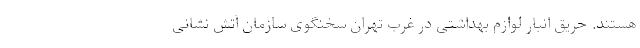
هستند. حریق انبار لوازم بهداشتی در غرب تهران سخنگوی سازمان آتش نشانی